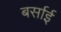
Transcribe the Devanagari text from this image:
बर्साई